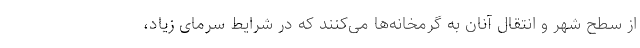
از سطح شهر و انتقال آنان به گرمخانه‌ها می‌کنند که در شرایط سرمای زیاد،